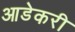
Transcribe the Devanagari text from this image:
आडेकरी